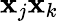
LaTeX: \mathbf{x}_{j}\mathbf{x}_{k}